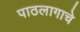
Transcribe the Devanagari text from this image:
पाठलागाचे